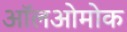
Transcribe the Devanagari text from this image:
ऑलओमोक